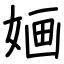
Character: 婳